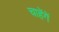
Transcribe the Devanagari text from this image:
चाहेंगें